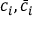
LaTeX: c _ { i } , { \bar { c } } _ { i }